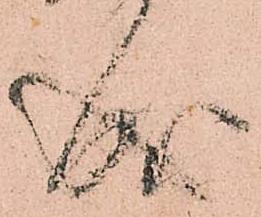
成